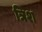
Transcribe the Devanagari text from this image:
त्रिश